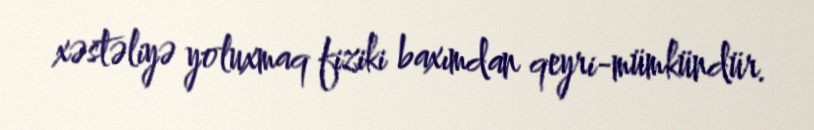
xəstəliyə yoluxmaq fiziki baxımdan qeyri-mümkündür.